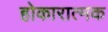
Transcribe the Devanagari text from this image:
होकारात्मक